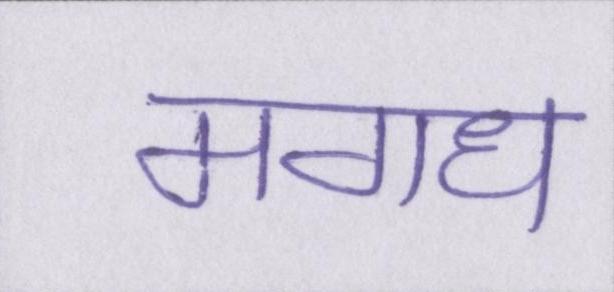
मगध